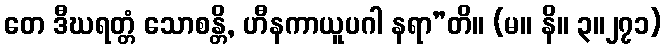
တေ ဒီဃရတ္တံ သောစန္တိ, ဟီနကာယူပဂါ နရာ”တိ။ (မ။ နိ။ ၃။၂၇၁)